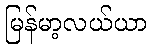
မြန်မာ့လယ်ယာ